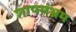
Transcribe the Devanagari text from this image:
शापसंभ्रम